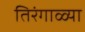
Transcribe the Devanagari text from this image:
तिरंगाळ्या